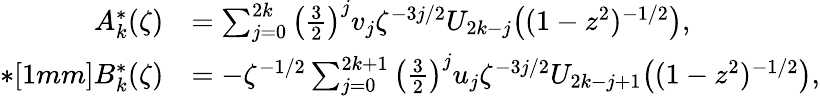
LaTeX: \begin{array}{rl}{A_{k}^{*}(\zeta)}&{=\sum_{j=0}^{2k}\left(\frac{3}{2}\right)^{j}v_{j}\zeta^{-3j/2}U_{2k-j}\big((1-z^{2})^{-1/2}\big),}\\ {*[1mm]B_{k}^{*}(\zeta)}&{=-\zeta^{-1/2}\sum_{j=0}^{2k+1}\left(\frac{3}{2}\right)^{j}u_{j}\zeta^{-3j/2}U_{2k-j+1}\big((1-z^{2})^{-1/2}\big),}\end{array}